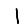
Digit: 1